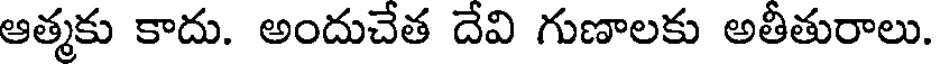
ఆత్మకు కాదు. అందుచేత దేవి గుణాలకు అతీతురాలు.